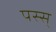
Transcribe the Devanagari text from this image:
पस्स्